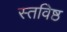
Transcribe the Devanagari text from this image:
स्तविष्ठ